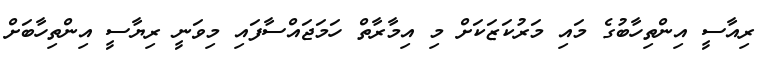
ރިއާސީ އިންތިހާބުގެ މައި މަރުކަޒަކަށް މި އިމާރާތް ހަމަޖައްސާފައި މިވަނީ ރިޔާސީ އިންތިހާބަށް